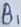
Text: B1